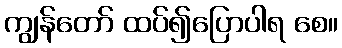
ကျွန်တော် ထပ်၍ပြောပါရ စေ။